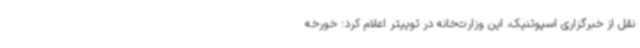
نقل از خبرگزاری اسپوتنیک، این وزارت‌خانه در توییتر اعلام کرد: خورخه